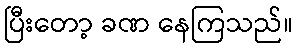
ပြီးတော့ ခဏ နေကြသည်။